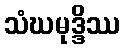
သံဃမုဒ္ဒိဿ